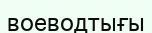
воеводтығы